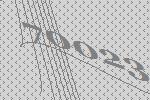
70023